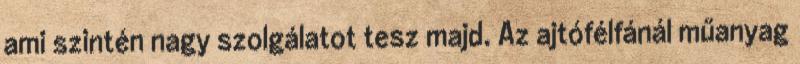
ami szintén nagy szolgálatot tesz majd. Az ajtófélfánál műanyag